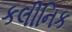
કલીનિક